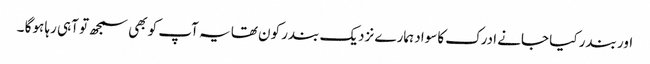
اور بندر کیا جانے ادرک کاسواد ہمارے نزدیک بندر کون تھا یہ آپ کو بھی سمجھ تو آہی رہا ہوگا ۔